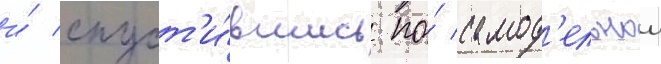
и́ спуст'и́вшись по́ самод'ельнои